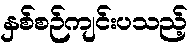
နှစ်စဉ်ကျင်းပသည့်